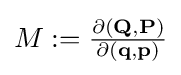
{\textstyle M:={\frac {\partial (\mathbf {Q} ,\mathbf {P} )}{\partial (\mathbf {q} ,\mathbf {p} )}}}